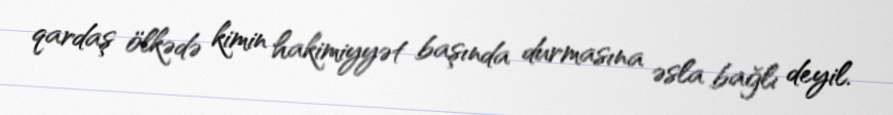
qardaş ölkədə kimin hakimiyyət başında durmasına əsla bağlı deyil.